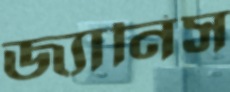
জ্যানিস